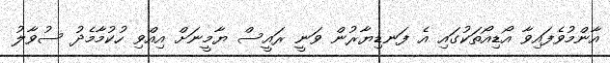
އާންމުވެފައިވާ އޯޑިއޯތަކުގައި އެ ފަނޑިޔާރުން ވަނީ ރައީސް ޔާމީނަށް އިއްވި ހުކުމާމެދު ސުވާލު